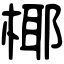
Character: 椰